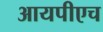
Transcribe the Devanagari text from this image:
आयपीएच